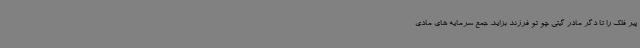
پیر فلک را تا دگر مادر گیتی چو تو فرزند بزاید. جمع سرمایه های مادی